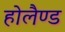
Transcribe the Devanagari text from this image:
होलैण्ड